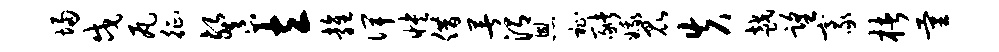
埽戍瓦征餐立雍俾怏借著渭恩祉猪娥昆失越望豪楮量